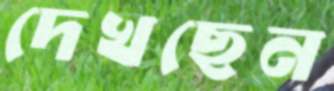
দেখছেন